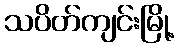
သပိတ်ကျင်းမြို့